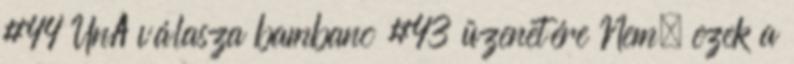
#44 UnA válasza bambano #43 üzenetére Nem, ezek a